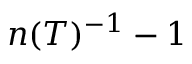
n ( T ) ^ { - 1 } - 1